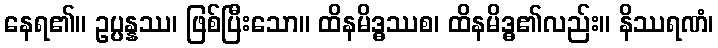
နေရ၏။ ဥပ္ပန္နဿ၊ ဖြစ်ပြီးသော။ ထိနမိဒ္ဓဿစ၊ ထိနမိဒ္ဓ၏လည်း။ နိဿရဏံ၊